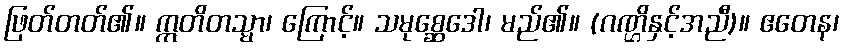
ဖြတ်တတ်၏။ ဣတိတသ္မာ၊ ကြောင့်။ သမုစ္ဆေဒေါ၊ မည်၏။ (ဂဏ္ဌိနှင့်အညီ)။ ဧတေန၊